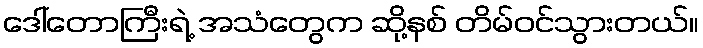
ဒေါ်တောကြီးရဲ့ အသံတွေက ဆို့နစ် တိမ်ဝင်သွားတယ်။